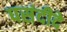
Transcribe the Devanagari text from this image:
पसंदीदे